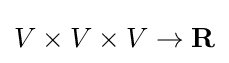
V\times V\times V\to \mathbf {R}